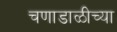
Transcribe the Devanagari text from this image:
चणाडाळीच्या